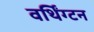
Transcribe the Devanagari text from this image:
वर्थिंग्टन